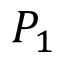
P _ { 1 }